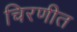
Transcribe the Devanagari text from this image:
चिरणीत